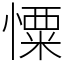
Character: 憟